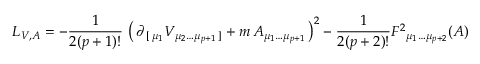
L _ { V , A } = - { \frac { 1 } { 2 ( p + 1 ) ! } } \, \left( \, \partial _ { \, [ \, \mu _ { 1 } } V _ { \mu _ { 2 } \dots \mu _ { p + 1 } \, ] } + m \, A _ { \mu _ { 1 } \dots \mu _ { p + 1 } } \, \right) ^ { 2 } - { \frac { 1 } { 2 ( p + 2 ) ! } } F ^ { 2 } { } _ { \mu _ { 1 } \dots \mu _ { p + 2 } } ( A )